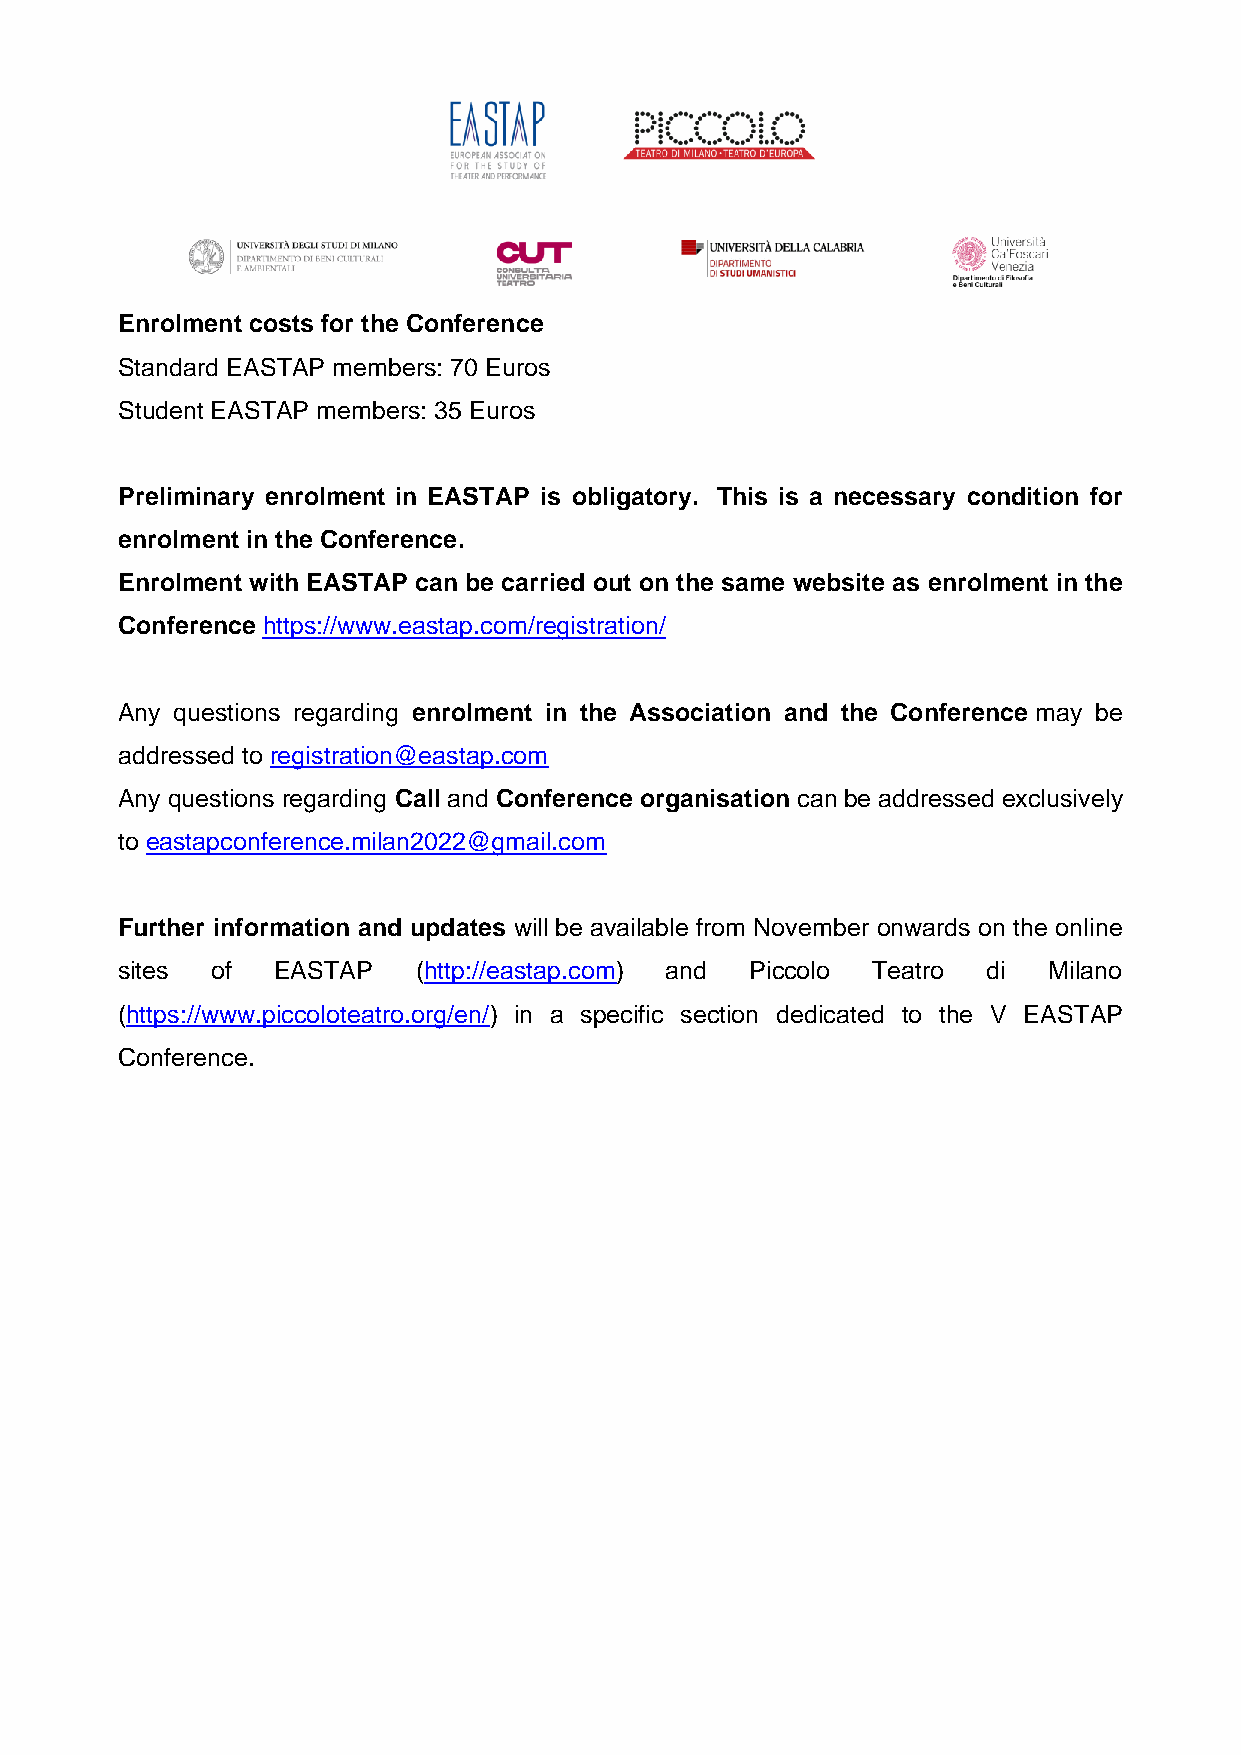
Enrolment costs for the Conference
 Standard EASTAP members: 70 Euros
 Student EASTAP members: 35 Euros
 Preliminary enrolment in EASTAP is obligatory. This is a necessary condition for
 enrolment in the Conference.
 Enrolment with EASTAP can be carried out on the same website as enrolment in the
 Conference https://www.eastap.com/registration/
 Any questions regarding enrolment in the Association and the Conference may be
 addressed to registration@eastap.com
 Any questions regarding Call and Conference organisation can be addressed exclusively
 to eastapconference.milan2022@gmail.com
 Further information and updates will be available from November onwards on the online
 sites of  EASTAP   (http://eastap.com) and Piccolo Teatro di Milano
 (https://www.piccoloteatro.org/en/) in a specific section dedicated to the V EASTAP
 Conference.